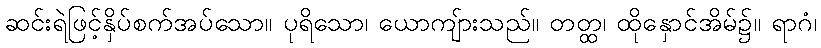
ဆင်းရဲဖြင့်နှိပ်စက်အပ်သော။ ပုရိသော၊ ယောကျ်ားသည်။ တတ္ထ၊ ထိုနှောင်အိမ်၌။ ရာဂံ၊